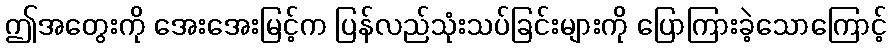
ဤအတွေးကို အေးအေးမြင့်က ပြန်လည်သုံးသပ်ခြင်းများကို ပြောကြားခဲ့သောကြောင့်